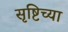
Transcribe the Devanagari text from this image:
सृष्टिच्या